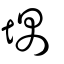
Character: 堣